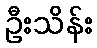
ဦးသိန်း